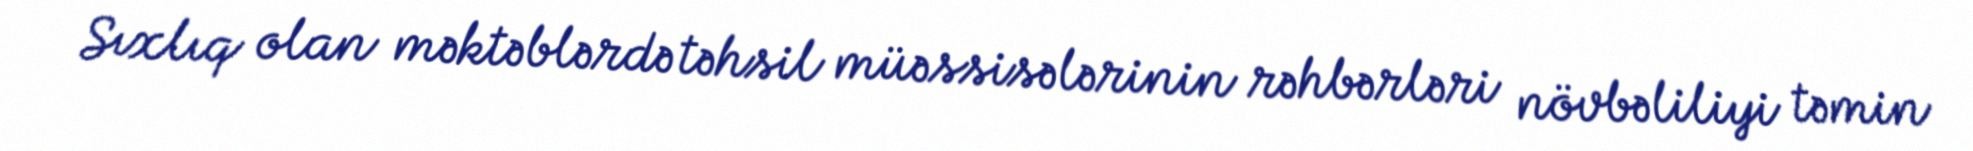
Sıxlıq olan məktəblərdə təhsil müəssisələrinin rəhbərləri növbəliliyi təmin